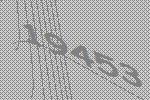
19453